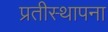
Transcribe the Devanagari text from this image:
प्रतीस्थापना